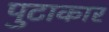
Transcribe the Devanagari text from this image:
पुटाकार